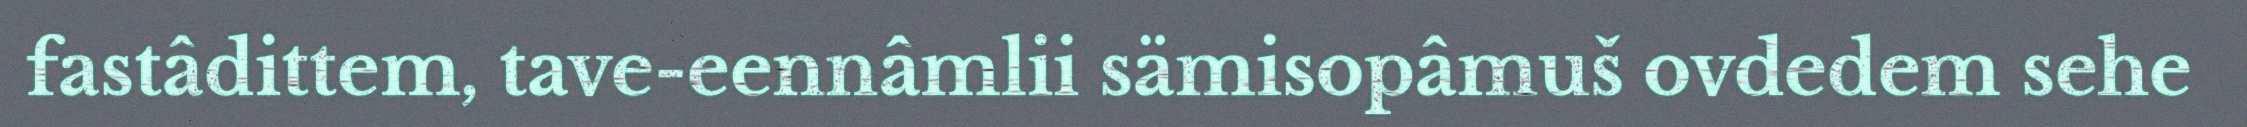
fastâdittem, tave-eennâmlii sämisopâmuš ovdedem sehe